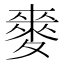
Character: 𮭻